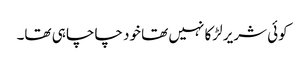
کوئی شریر لڑکا نہیں تھا خود چاچا ہی تھا۔